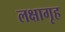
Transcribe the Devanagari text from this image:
लक्षागृह